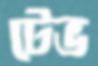
টেভ